Scottish Leaving Certificate Examination, 1952
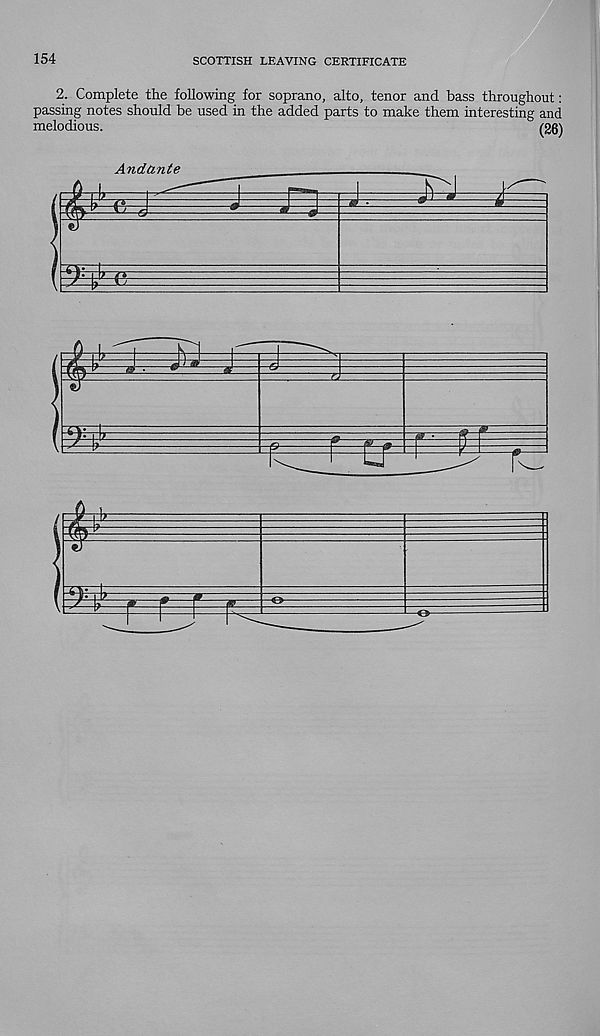
154
SCOTTISH LEAVING CERTIFICATE
2. Complete the following for soprano, alto, tenor and bass throughout:
passing notes should be used in the added parts to make them interesting and
melodious.
1261